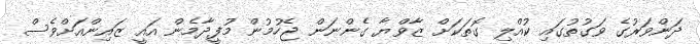
ދަންވަރުގެ ވަގުތުގައި ކުއްލި ގޮތަކަށް ޒާވްޔާ ގެންނަން ޖެހުމުން މުފީދާމެން އައީ ޒައިންއަށްވެސް